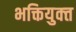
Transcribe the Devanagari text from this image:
भक्तियुक्‍त